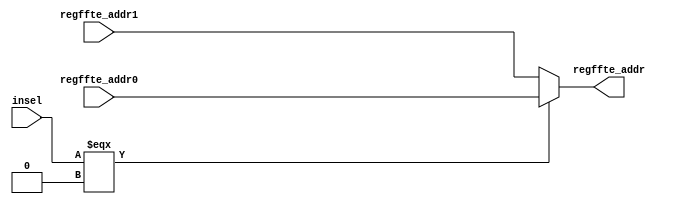
// --------------------------------------------------------------------------------
//  Company: MSI
//  Design Name: 
//  Module Name:    mux_regffte - Behavioral 
//  Project Name: MFCC_Improve
//  Tool versions: 
//  Description: 
// --------------------------------------------------------------------------------

`define false 1'b 0
`define FALSE 1'b 0
`define true 1'b 1
`define TRUE 1'b 1

`timescale 1 ns / 1 ns // timescale for following modules


module mux_regffte (
   regffte_addr0,
   regffte_addr1,
   insel,
   regffte_addr);
 

input   [5:0] regffte_addr0; 
input   [5:0] regffte_addr1; 
input   insel; 
output   [5:0] regffte_addr; 

wire    [5:0] regffte_addr; 

assign regffte_addr = insel === 1'b 0 ? regffte_addr0 : 
	regffte_addr1; 

endmodule // module mux_regffte